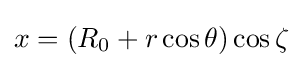
x=(R_{0}+r\cos \theta )\cos \zeta